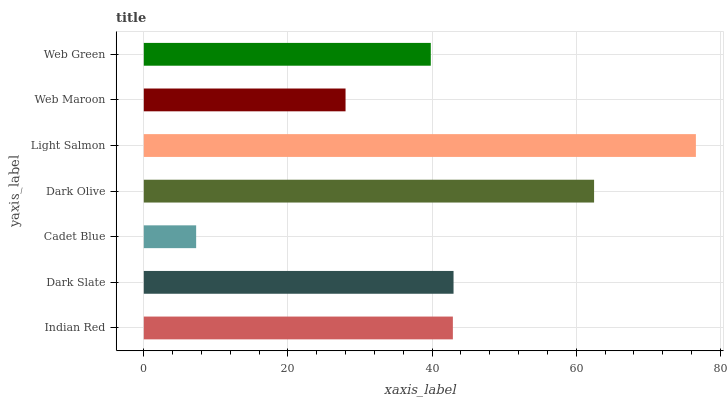
| yaxis_label | bars |
 | --- | --- |
 | Indian Red | 42.9 |
 | Dark Slate | 43 |
 | Cadet Blue | 7.26 |
 | Dark Olive | 62.5 |
 | Light Salmon | 76.6 |
 | Web Maroon | 28 |
 | Web Green | 39.8 |